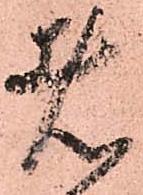
者